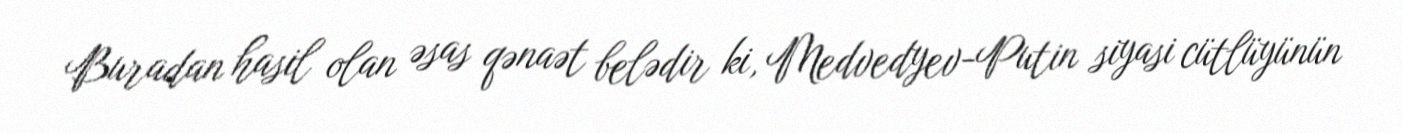
Buradan hasil olan əsas qənaət belədir ki, Medvedyev-Putin siyasi cütlüyünün